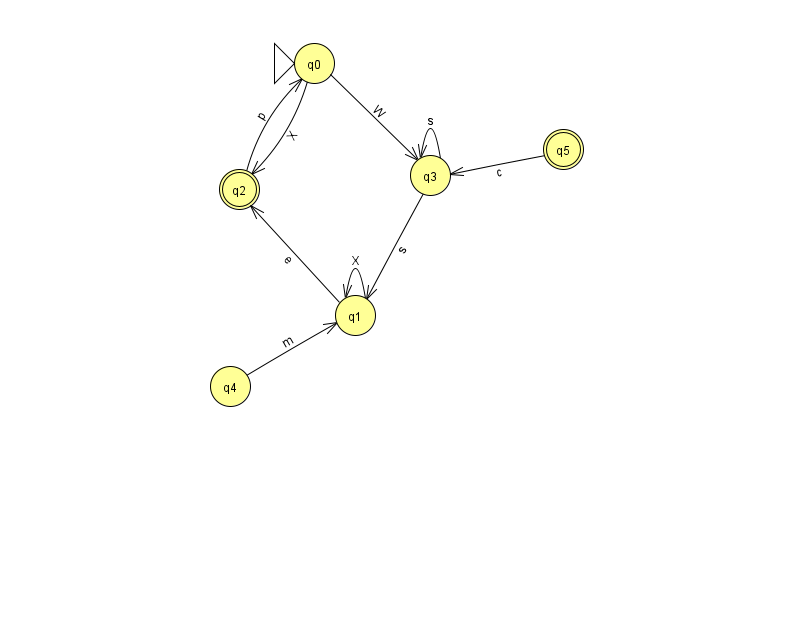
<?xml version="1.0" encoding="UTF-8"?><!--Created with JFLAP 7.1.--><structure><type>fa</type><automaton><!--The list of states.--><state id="0" name="q0"><x>314.0</x><y>50.0</y><initial/></state><state id="1" name="q1"><x>355.0</x><y>302.0</y></state><state id="2" name="q2"><x>239.0</x><y>176.0</y><final/></state><state id="3" name="q3"><x>430.0</x><y>162.0</y></state><state id="4" name="q4"><x>230.0</x><y>373.0</y></state><state id="5" name="q5"><x>563.0</x><y>136.0</y><final/></state><!--The list of transitions.--><transition><from>0</from><to>2</to><read>X</read></transition><transition><from>0</from><to>3</to><read>W</read></transition><transition><from>3</from><to>3</to><read>s</read></transition><transition><from>3</from><to>1</to><read>s</read></transition><transition><from>1</from><to>1</to><read>X</read></transition><transition><from>2</from><to>0</to><read>p</read></transition><transition><from>5</from><to>3</to><read>c</read></transition><transition><from>1</from><to>2</to><read>e</read></transition><transition><from>4</from><to>1</to><read>m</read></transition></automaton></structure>